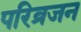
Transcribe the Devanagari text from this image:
परिव्रजन